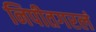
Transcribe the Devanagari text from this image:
निपीतगरलं